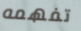
تفهمه